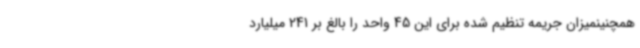
همچنینمیزان جریمه تنظیم شده برای این 45 واحد را بالغ بر 241 میلیارد